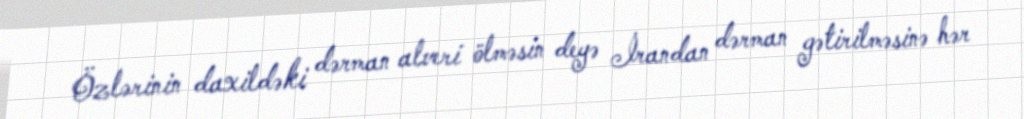
Özlərinin daxildəki dərman alveri ölməsin deyə İrandan dərman gətirilməsinə hər